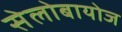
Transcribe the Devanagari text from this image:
सेलोबायोज